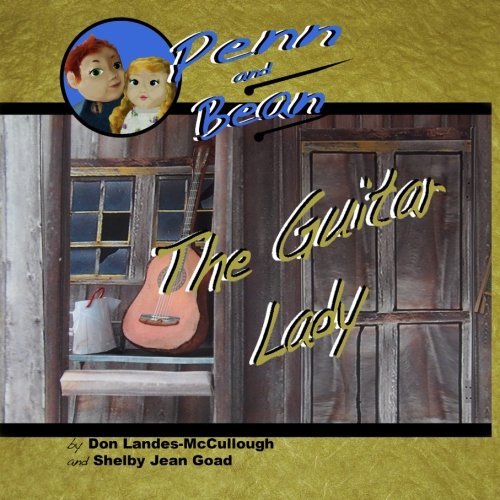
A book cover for Penn and Bean: The Guitar Lady (Volume 1); Donald Landes-McCullough; Self-Help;